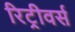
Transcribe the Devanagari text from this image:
रिट्रीवर्स